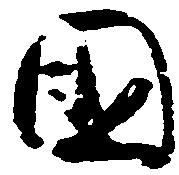
国